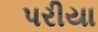
પરીયા